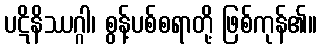
ပဋိနိဿဂ္ဂါ၊ စွန့်ပစ်စရာတို့ ဖြစ်ကုန်၏။